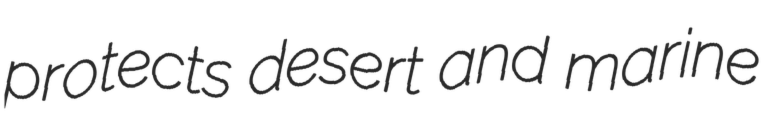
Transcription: protects desert and marine